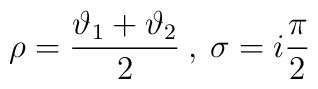
\rho =\displaystyle\frac{\vartheta _{1}+\vartheta _{2}}{2}\: ,\: \sigma =i\displaystyle\frac{\pi }{2}